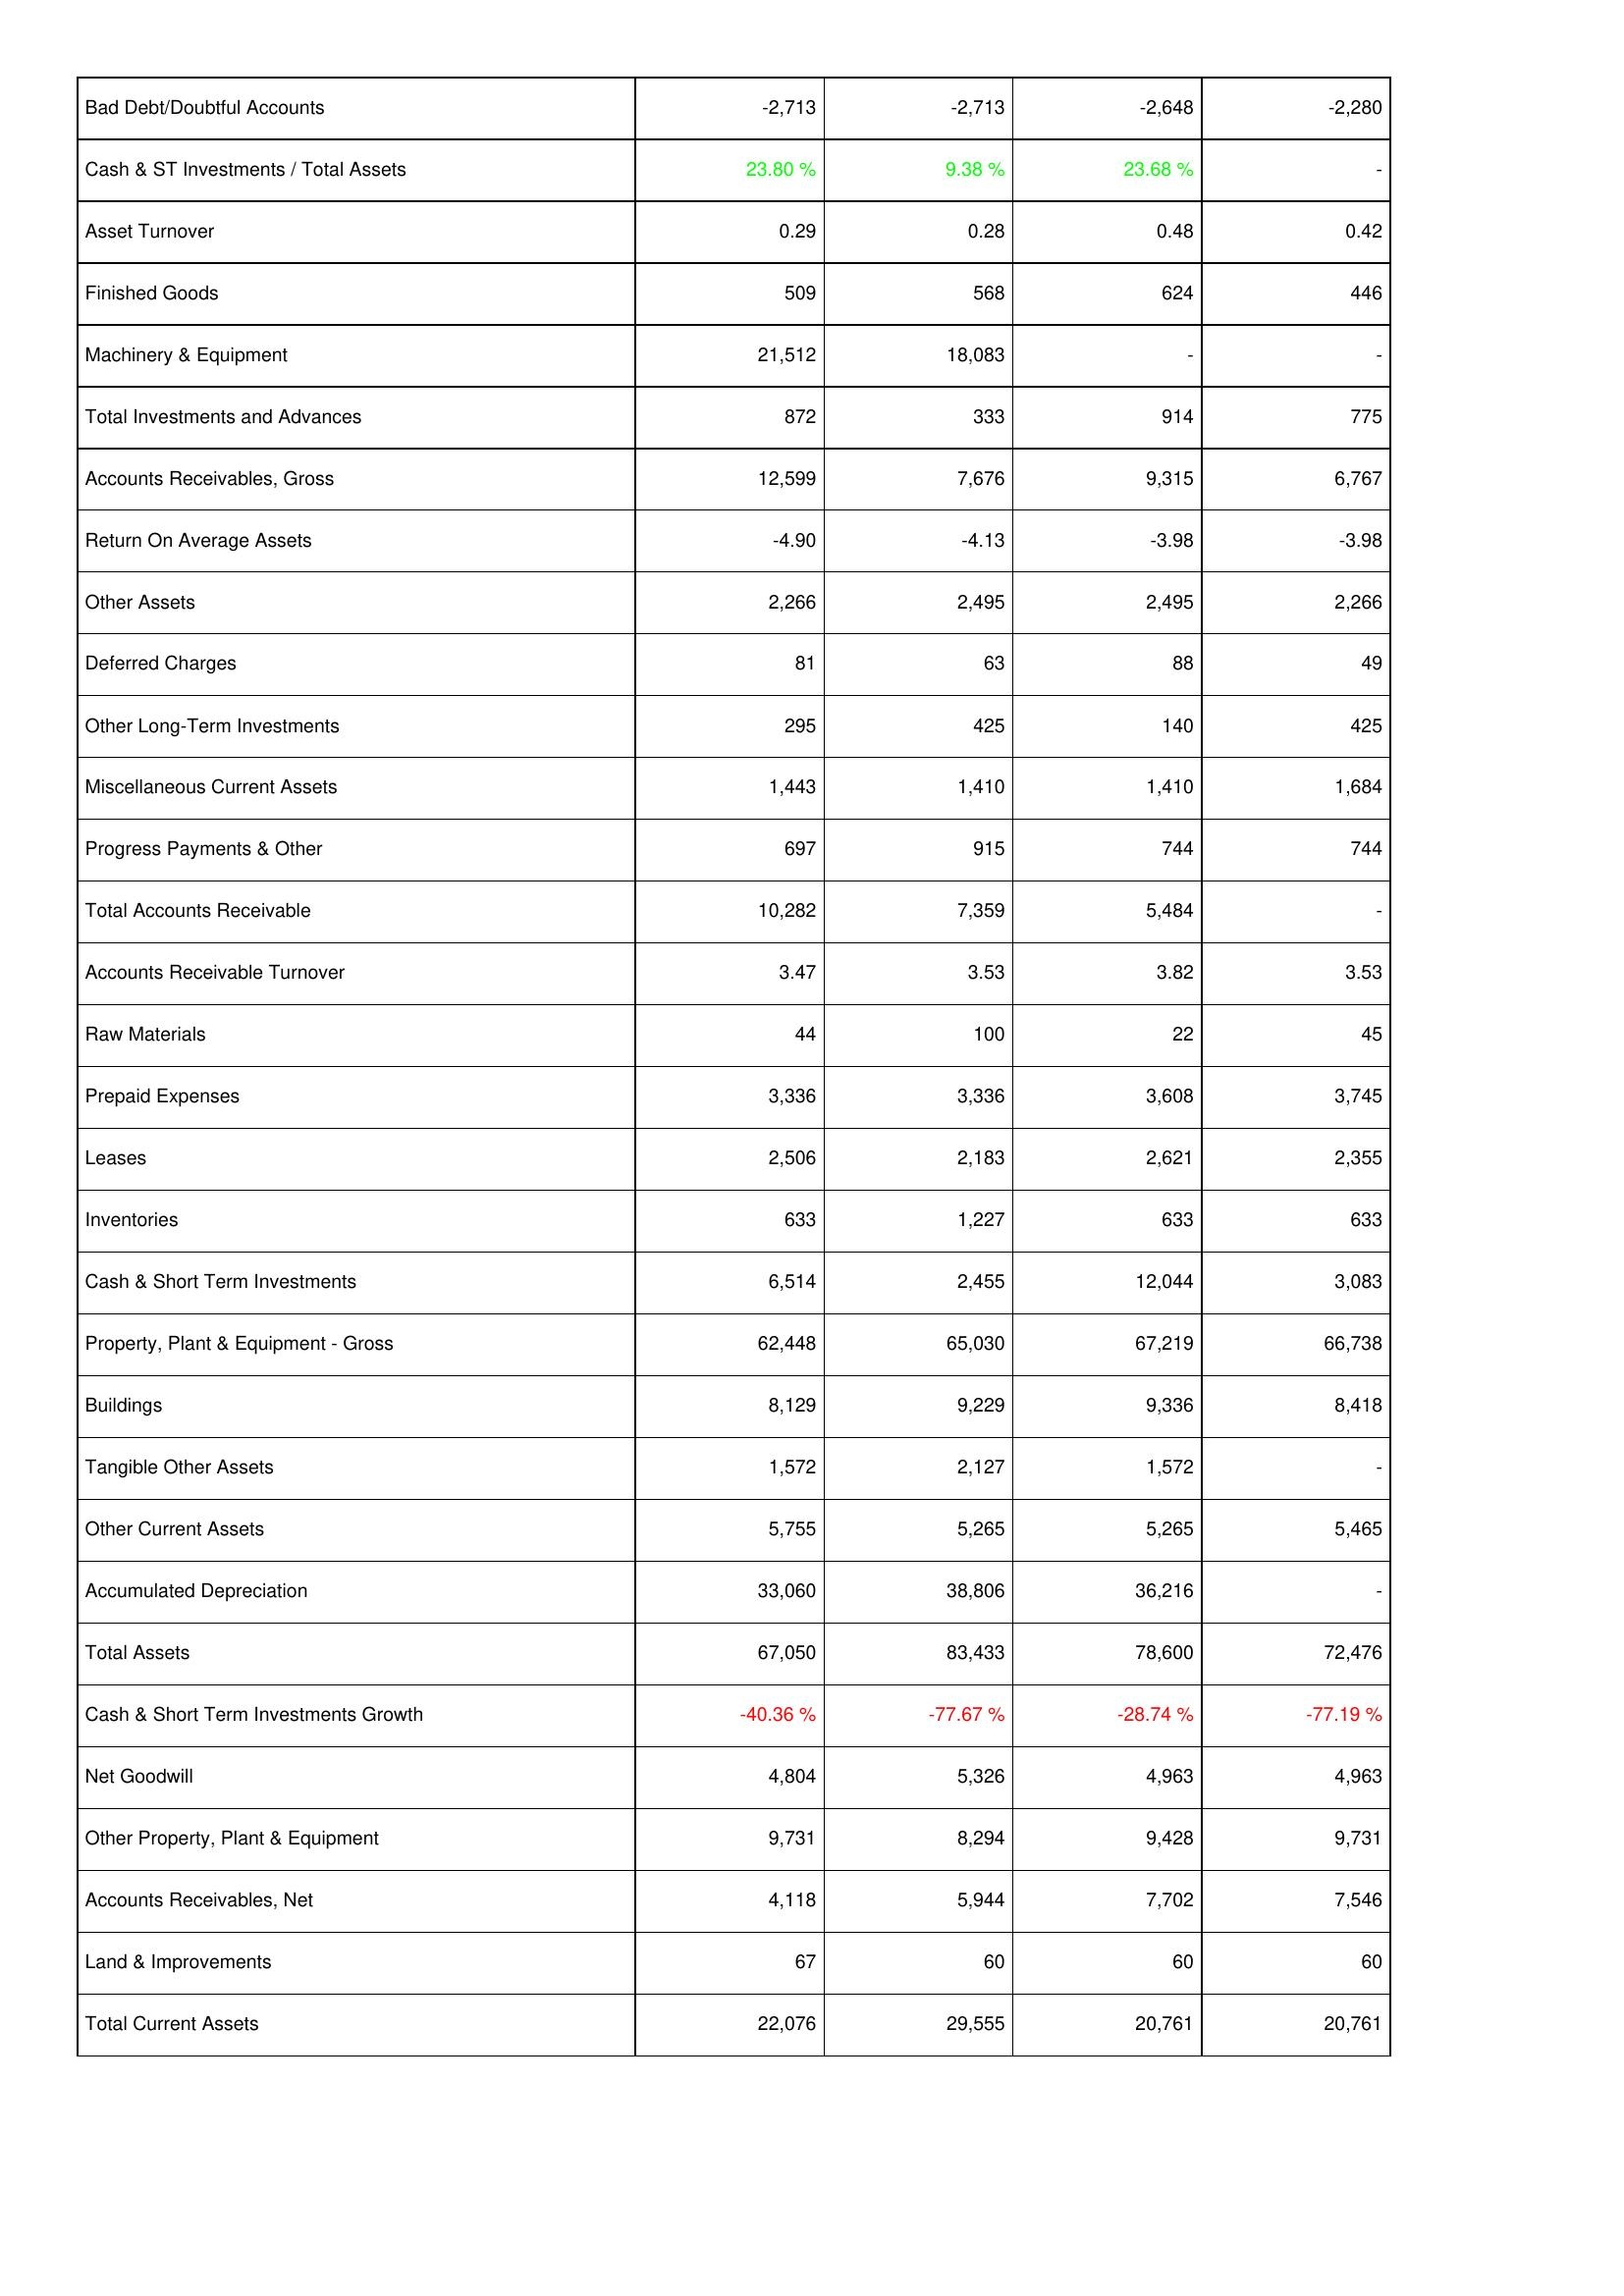
2017: Assets: Bad Debt/Doubtful Accounts: -2,713
Cash & ST Investments / Total Assets: 23.80 %
Asset Turnover: 0.29
Finished Goods: 509
Machinery & Equipment: 21,512
Total Investments and Advances: 872
Accounts Receivables, Gross: 12,599
Return On Average Assets: -4.90
Other Assets: 2,266
Deferred Charges: 81
Other Long-Term Investments: 295
Miscellaneous Current Assets: 1,443
Progress Payments & Other: 697
Total Accounts Receivable: 10,282
Accounts Receivable Turnover: 3.47
Raw Materials: 44
Prepaid Expenses: 3,336
Leases: 2,506
Inventories: 633
Cash & Short Term Investments: 6,514
Property, Plant & Equipment - Gross: 62,448
Buildings: 8,129
Tangible Other Assets: 1,572
Other Current Assets: 5,755
Accumulated Depreciation: 33,060
Total Assets: 67,050
Cash & Short Term Investments Growth: -40.36 %
Net Goodwill: 4,804
Other Property, Plant & Equipment: 9,731
Accounts Receivables, Net: 4,118
Land & Improvements: 67
Total Current Assets: 22,076
2016: Assets: Bad Debt/Doubtful Accounts: -2,713
Cash & ST Investments / Total Assets: 9.38 %
Asset Turnover: 0.28
Finished Goods: 568
Machinery & Equipment: 18,083
Total Investments and Advances: 333
Accounts Receivables, Gross: 7,676
Return On Average Assets: -4.13
Other Assets: 2,495
Deferred Charges: 63
Other Long-Term Investments: 425
Miscellaneous Current Assets: 1,410
Progress Payments & Other: 915
Total Accounts Receivable: 7,359
Accounts Receivable Turnover: 3.53
Raw Materials: 100
Prepaid Expenses: 3,336
Leases: 2,183
Inventories: 1,227
Cash & Short Term Investments: 2,455
Property, Plant & Equipment - Gross: 65,030
Buildings: 9,229
Tangible Other Assets: 2,127
Other Current Assets: 5,265
Accumulated Depreciation: 38,806
Total Assets: 83,433
Cash & Short Term Investments Growth: -77.67 %
Net Goodwill: 5,326
Other Property, Plant & Equipment: 8,294
Accounts Receivables, Net: 5,944
Land & Improvements: 60
Total Current Assets: 29,555
2015: Assets: Bad Debt/Doubtful Accounts: -2,648
Cash & ST Investments / Total Assets: 23.68 %
Asset Turnover: 0.48
Finished Goods: 624
Machinery & Equipment: -
Total Investments and Advances: 914
Accounts Receivables, Gross: 9,315
Return On Average Assets: -3.98
Other Assets: 2,495
Deferred Charges: 88
Other Long-Term Investments: 140
Miscellaneous Current Assets: 1,410
Progress Payments & Other: 744
Total Accounts Receivable: 5,484
Accounts Receivable Turnover: 3.82
Raw Materials: 22
Prepaid Expenses: 3,608
Leases: 2,621
Inventories: 633
Cash & Short Term Investments: 12,044
Property, Plant & Equipment - Gross: 67,219
Buildings: 9,336
Tangible Other Assets: 1,572
Other Current Assets: 5,265
Accumulated Depreciation: 36,216
Total Assets: 78,600
Cash & Short Term Investments Growth: -28.74 %
Net Goodwill: 4,963
Other Property, Plant & Equipment: 9,428
Accounts Receivables, Net: 7,702
Land & Improvements: 60
Total Current Assets: 20,761
2014: Assets: Bad Debt/Doubtful Accounts: -2,280
Cash & ST Investments / Total Assets: -
Asset Turnover: 0.42
Finished Goods: 446
Machinery & Equipment: -
Total Investments and Advances: 775
Accounts Receivables, Gross: 6,767
Return On Average Assets: -3.98
Other Assets: 2,266
Deferred Charges: 49
Other Long-Term Investments: 425
Miscellaneous Current Assets: 1,684
Progress Payments & Other: 744
Total Accounts Receivable: -
Accounts Receivable Turnover: 3.53
Raw Materials: 45
Prepaid Expenses: 3,745
Leases: 2,355
Inventories: 633
Cash & Short Term Investments: 3,083
Property, Plant & Equipment - Gross: 66,738
Buildings: 8,418
Tangible Other Assets: -
Other Current Assets: 5,465
Accumulated Depreciation: -
Total Assets: 72,476
Cash & Short Term Investments Growth: -77.19 %
Net Goodwill: 4,963
Other Property, Plant & Equipment: 9,731
Accounts Receivables, Net: 7,546
Land & Improvements: 60
Total Current Assets: 20,761